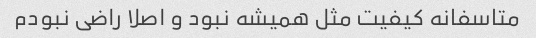
متاسفانه کیفیت مثل همیشه نبود و اصلا راضی نبودم